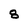
Character: 8